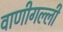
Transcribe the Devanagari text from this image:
वाणीगल्ली